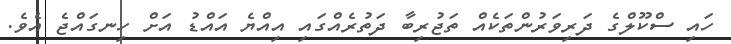
ހައި ސްކޫލްގެ ދަރިވަރުންތަކެއް ތަޖުރިބާ ދަތުރެއްގައި އިއްޔެ އައްޑު އަށް ހިނގައްޖެ އެވެ.